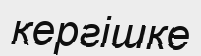
кергішке